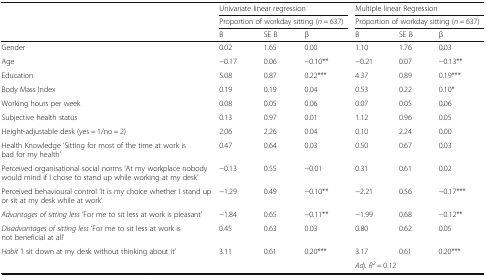
| <ROWSPAN=3>  | <COLSPAN=3> Univariate linear regression | <COLSPAN=3> Multiple linear Regression |
 | <COLSPAN=3> Proportion of workday sitting (n = 637) | <COLSPAN=3> Proportion of workday sitting (n = 637) |
 | B | SE B | β | B | SE B | β |
 | --- | --- | --- | --- | --- | --- | --- |
 | Gender | 0.02 | 1.65 | 0.00 | 1.10 | 1.76 | 0.03 |
 | Age | −0.17 | 0.06 | −0.10** | −0.21 | 0.07 | −0.13** |
 | Education | 5.08 | 0.87 | 0.22*** | 4.37 | 0.89 | 0.19*** |
 | Body Mass Index | 0.19 | 0.19 | 0.04 | 0.53 | 0.22 | 0.10* |
 | Working hours per week | 0.08 | 0.05 | 0.06 | 0.07 | 0.05 | 0.06 |
 | Subjective health status | 0.13 | 0.97 | 0.01 | 1.12 | 0.96 | 0.05 |
 | Height-adjustable desk (yes = 1/no = 2) | 2.06 | 2.26 | 0.04 | 0.10 | 2.24 | 0.00 |
 | Health Knowledge ‘Sitting for most of the time at work is bad for my health’ | 0.47 | 0.64 | 0.03 | 0.50 | 0.67 | 0.03 |
 | Perceived organisational social norms ‘At my workplace nobody would mind if I chose to stand up while working at my desk’ | −0.13 | 0.55 | −0.01 | 0.31 | 0.61 | 0.02 |
 | Perceived behavioural control ‘It is my choice whether I stand up or sit at my desk while at work’ | −1.29 | 0.49 | −0.10** | −2.21 | 0.56 | −0.17*** |
 | Advantages of sitting less ‘For me to sit less at work is pleasant’ | −1.84 | 0.65 | −0.11** | −1.99 | 0.68 | −0.12** |
 | Disadvantages of sitting less ‘For me to sit less at work is not beneficial at all’ | 0.45 | 0.63 | 0.03 | 0.80 | 0.62 | 0.05 |
 | Habit ‘I sit down at my desk without thinking about it’ | 3.11 | 0.61 | 0.20*** | 3.17 | 0.61 | 0.20*** |
 |  | <COLSPAN=3>  | <COLSPAN=3> Adj. R2 = 0.12 |